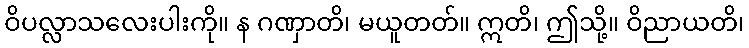
ဝိပလ္လာသလေးပါးကို။ န ဂဏှာတိ၊ မယူတတ်။ ဣတိ၊ ဤသို့။ ဝိညာယတိ၊